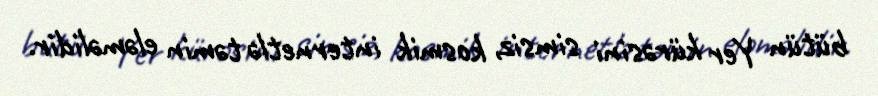
bütün Yer kürəsini simsiz, kosmik internetlə təmin eləməlidir.